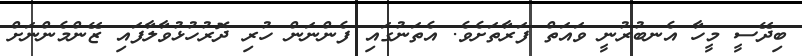
ބިދޭސީ މީހާ އެނބުރުނީ ވައަތް ފަރާތަށެވެ. އެތަނުގައި ފެންނަން ހުރި ދޮރުހުޅުވާލާފައި ޒޭންމެންނަށް